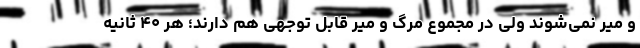
و میر نمی‌شوند ولی در مجموع مرگ و میر قابل توجهی هم دارند؛ هر ۴۰ ثانیه